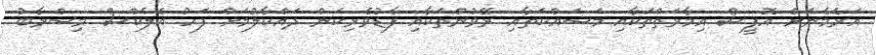
އަަރެމެނަށް އޮފީސް އިމާރަތްތަކާއި މަސައްކަތާއި ރޭވުންތަކާއި ފާޑުވެރިކަން ދައްކާލުމަށް ފަހު އެލެކްސް މިސްރާބު